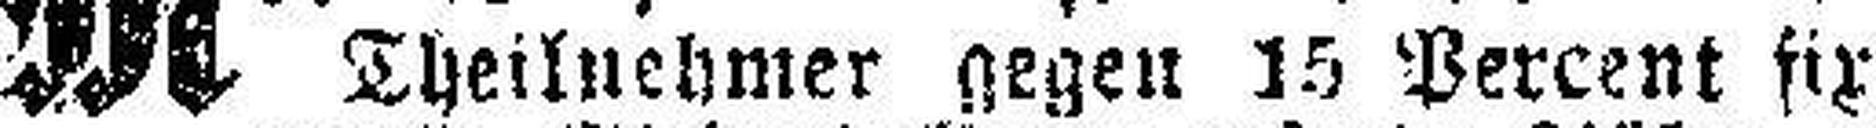
Theilnehmer gegen 15 Percent fix